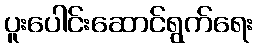
ပူးပေါင်းဆောင်ရွက်ရေး